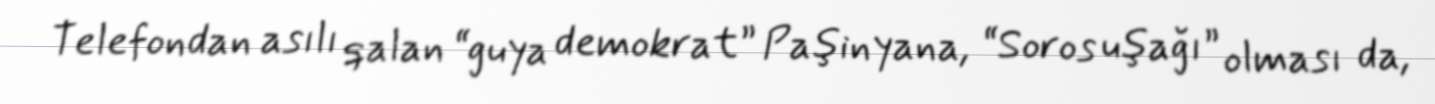
Telefondan asılı qalan “guya demokrat” Paşinyana, “Soros uşağı” olması da,